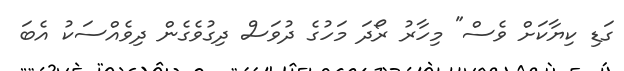
ގަޑި ކިޔާކަށް ވެސް" މިހާރު ރޯދަ މަހުގެ ދުވަސް ދިގުވެގެން ދިވެއްސަކު އެބަ